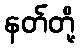
နတ်တို့